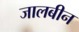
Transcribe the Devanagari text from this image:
जालबीन